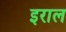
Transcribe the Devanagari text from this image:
इराल